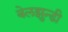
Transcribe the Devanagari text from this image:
बेलझुन्डी